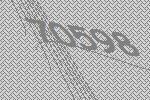
70598